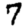
Digit: 7